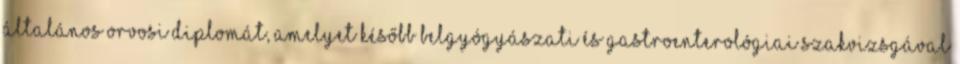
általános orvosi diplomát, amelyet később belgyógyászati és gastroenterológiai szakvizsgával